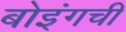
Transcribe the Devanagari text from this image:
बोइंगची